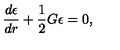
\frac { d \epsilon } { d r } + \frac { 1 } { 2 } G \epsilon = 0 ,